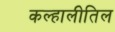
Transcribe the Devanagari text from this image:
कल्हालीतिल